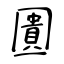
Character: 圚